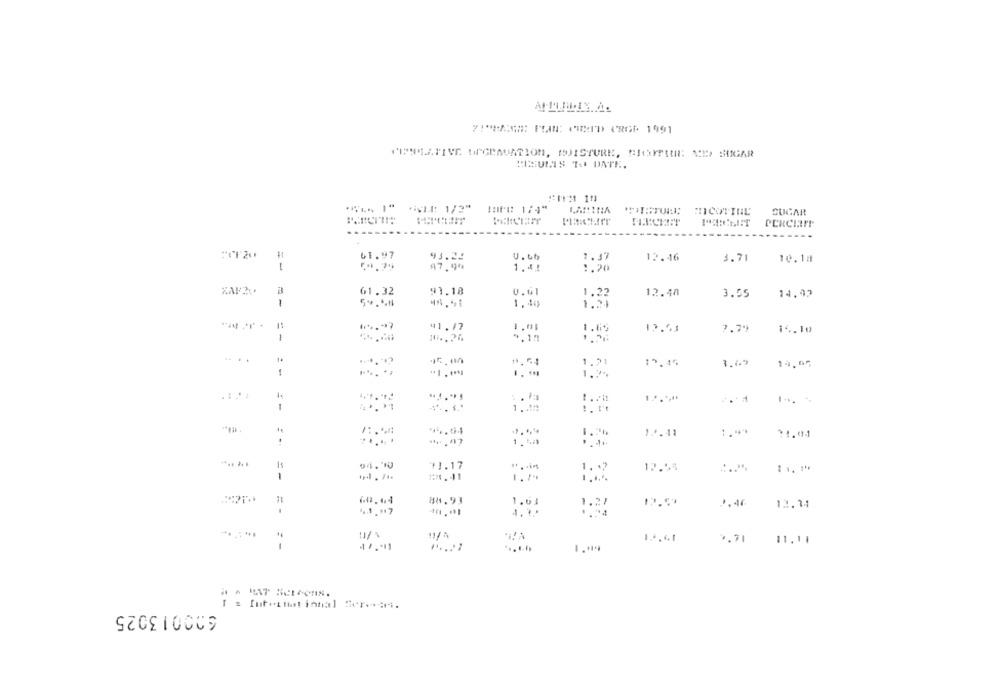
:ICUMIS TO DATE.
"" "" "LE 1/2" IPE 1/4"
MOISTURE MICOTINE
SUGAR
10120
61.97
U. th
1.37
12.16
3.71
10.18
=-
47, 9%
1.4!
1.20
91.18
0.61
61.32
-
12.40
3.55
14.92
1
54.5.H
1.40
41.17
1.01
1.6%
13.65
7.79
14.10
1
5.00
1.21
15.15
3.67
1
1.99
1
12.41
1.4*
.
" ... 47
93.17
1.7
12.55
1
1.14
88.93
1.01
12.14
11/1
= -
47.11
11.11
600013025
1 : Intettat innal Ser ....